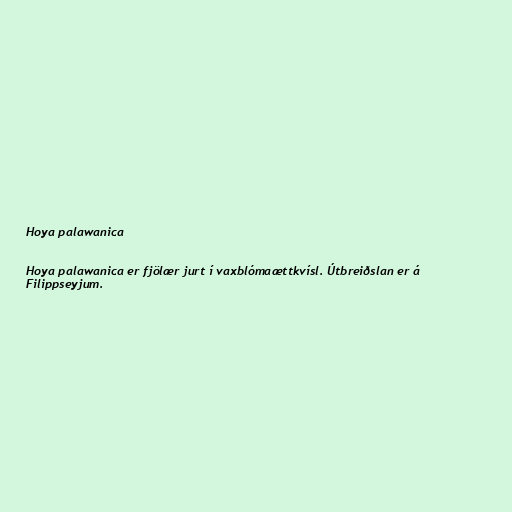
Hoya palawanica

Hoya palawanica er fjölær jurt í vaxblómaættkvísl. Útbreiðslan er á
Filippseyjum.